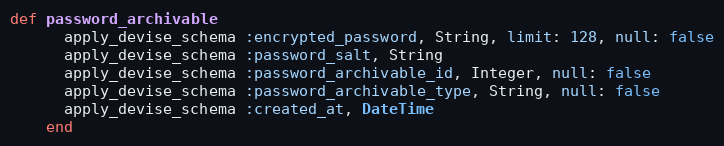
Language: Ruby
def password_archivable
      apply_devise_schema :encrypted_password, String, limit: 128, null: false
      apply_devise_schema :password_salt, String
      apply_devise_schema :password_archivable_id, Integer, null: false
      apply_devise_schema :password_archivable_type, String, null: false
      apply_devise_schema :created_at, DateTime
    end